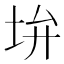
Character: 𡊯